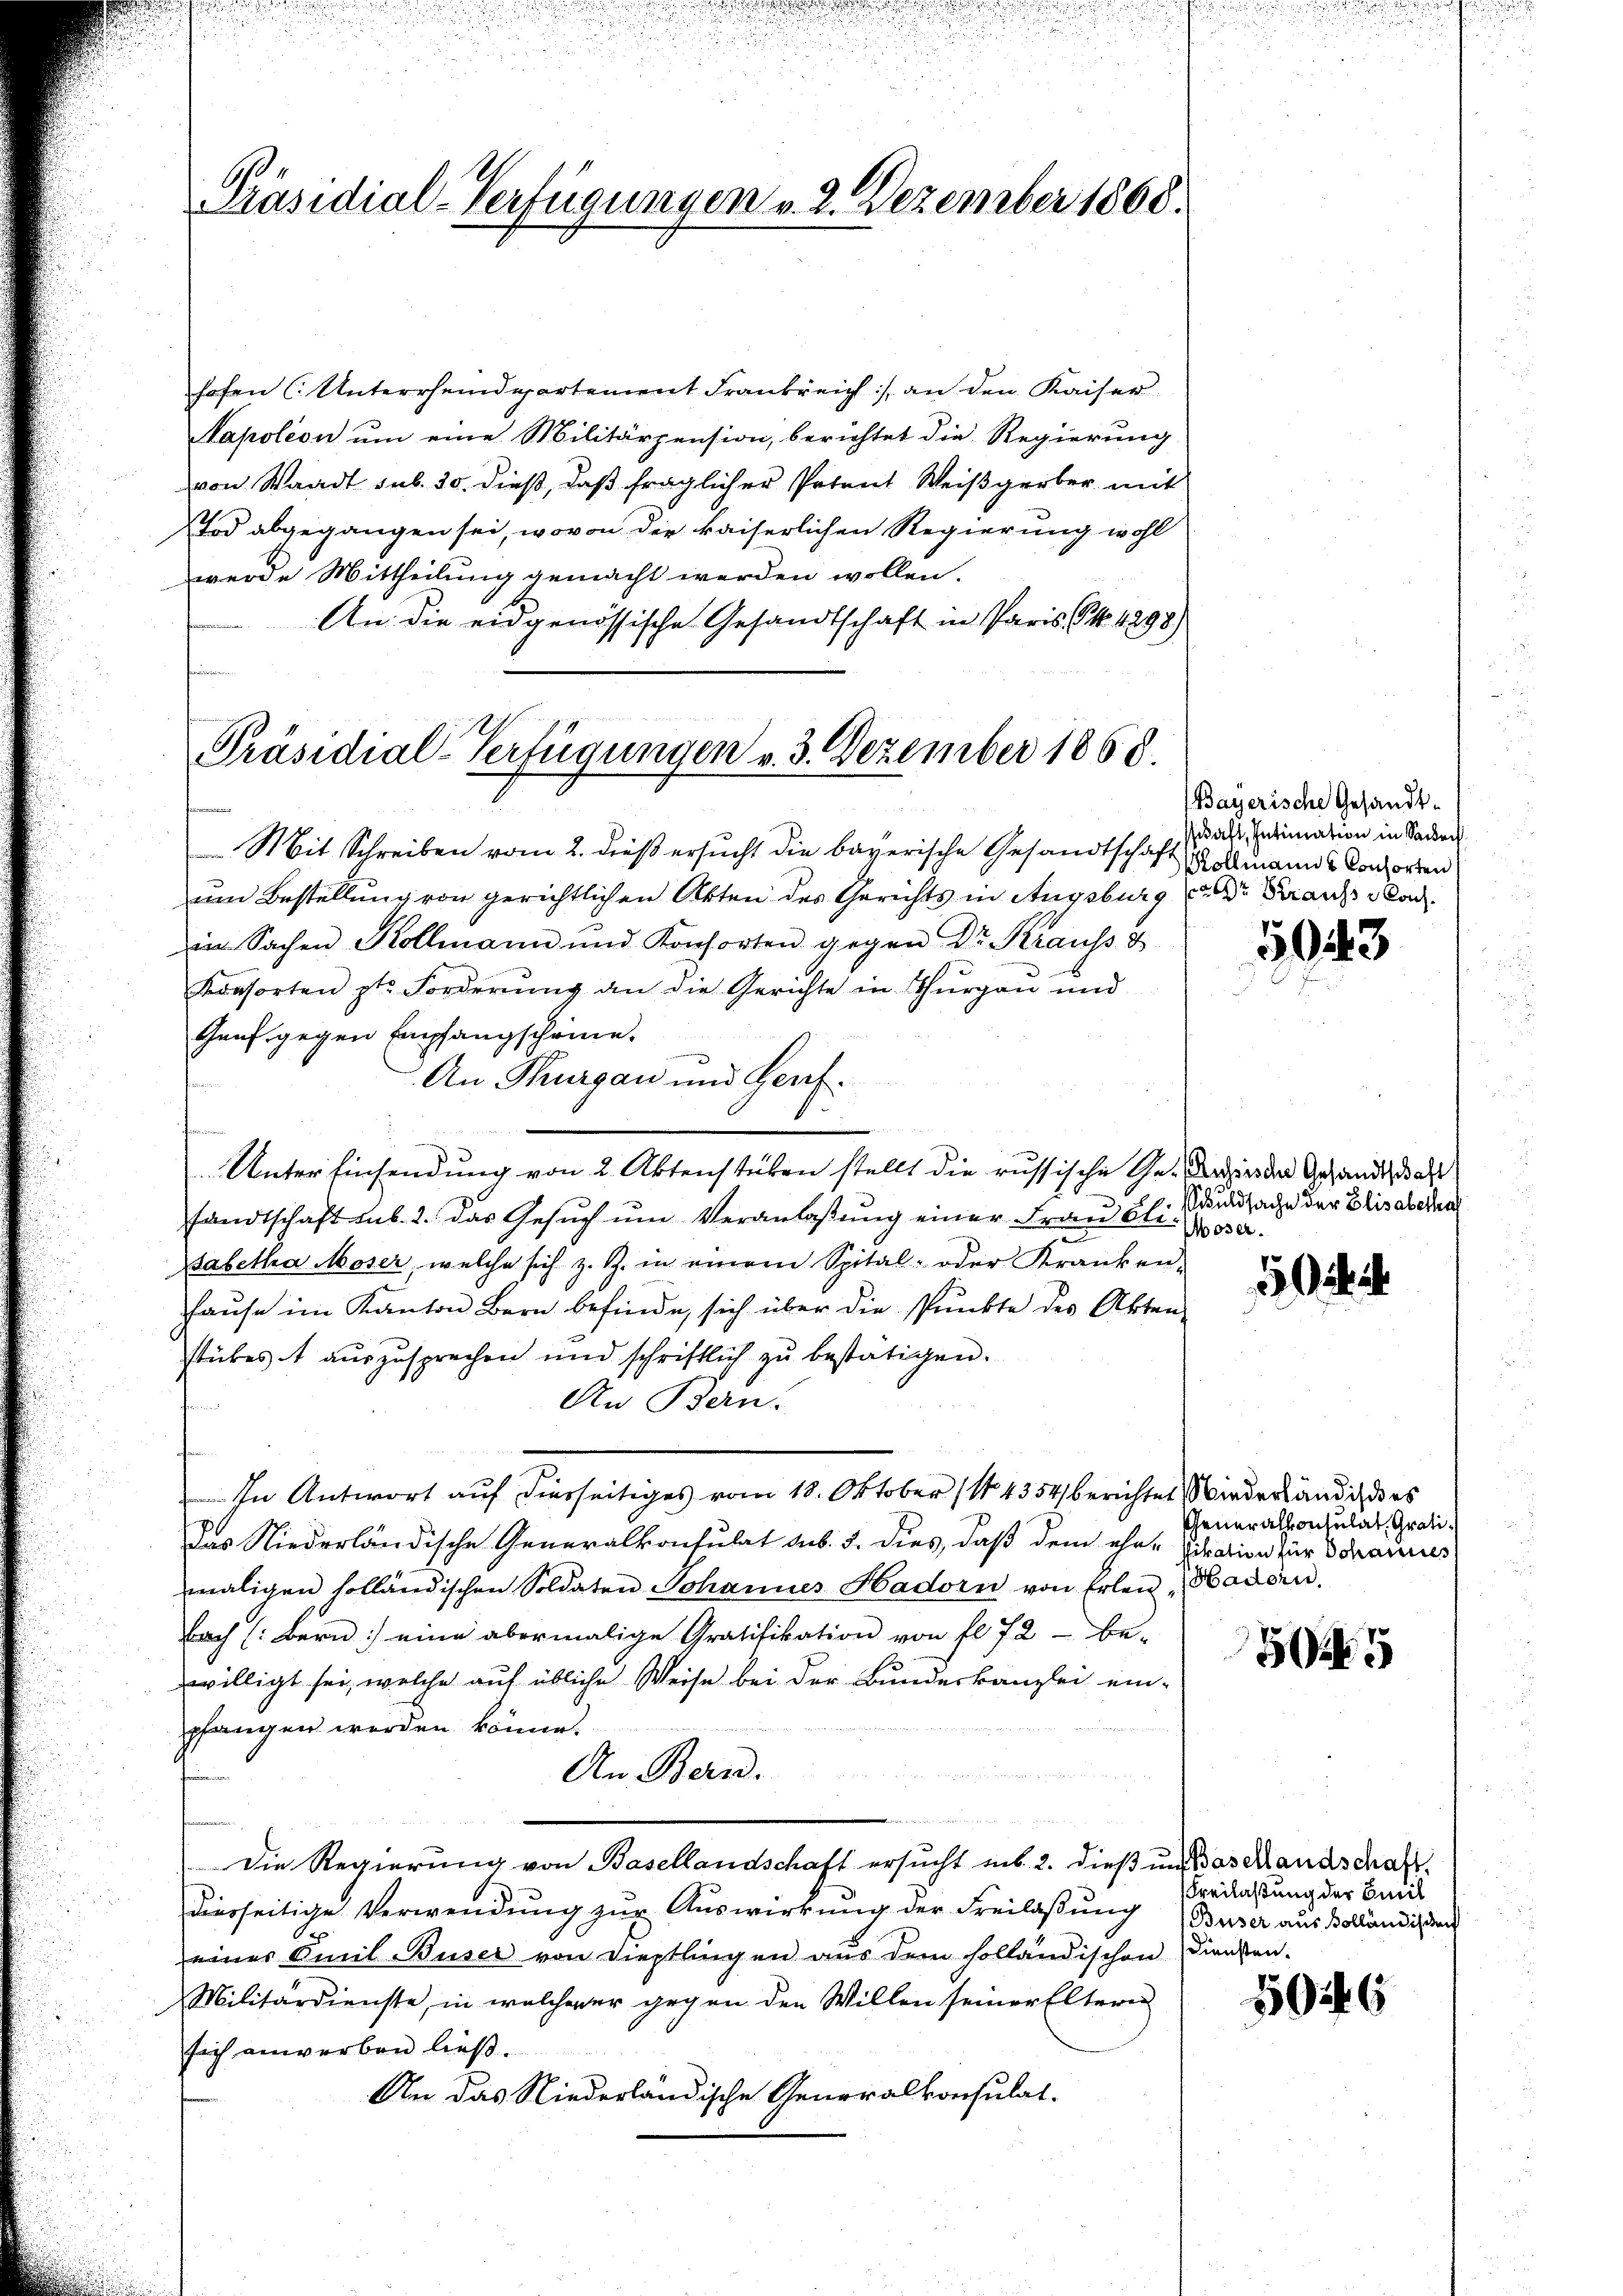
Präsidial-Verfügungen v. 2. Dezember 1868.

hofen (: Unterrhemdartement Frankreich :/ an den Kaiser
Napoleon um eine Militärpension, berichtet die Regierung
von Waadt sub. 20. dieß, daß fraglicher Petent Weißgerber mit
Tod abgegangen sei, wovon der kaiserlichen Regierung wohl
werde Mittheilung gemacht werden wollen.
An die eidgenössische Gesandtschaft in Paris, S. 1298)
e

Präsidial-Verfügungen v. 3. Dezember 1858.

Mit Schreiben vom 2. dieß ersucht die bayerische Gesandtschaft
um Bestellung von gerichtlichen Akten des Gerichts in Augsburg der Franz klar.
in Sachen Kollmann und Konsorten gegen Dr. Krauss u
Konsorten St. Forderung an die Gerichte in Thurgau und
Genf gegen Empfangscheine.
An Thurgau und Genf.
1
t
Unter Einsendung von 2 Aktenstuben stellt die russische Ge- darin der Gesandtschaft
sandtschaft sub. 2. das Gesŭch ŭm Veranlaßung einer Frau blie
Babetha Moser, welche sich z. Z. in einem Spital- oder Kranken-
Hause im Kanton Bern befinde, sich über die Punkte des Akten
stückes auszusprechen und schriftlich zu bestätigen.
An Bern.
In Antwort auf diesseitiges vom 18. Oktober (14354, berichtet wiederländig es
Das Niederländische Generalkonsulat ab. 5. dies, daß dem eher Vikation für Schannes
maligen solländischen Soldaten Johannes Hadorn von Erlen, Hadorn.
bach (: Bern: eine abermalige Gratifikation von fl. 72 - be-
willigt sei, welche auf übliche Weise bei der Bundeskanzlei ein-
2
pfangen werden könne.
An Bern.
Die Regierung von Basellandschaft ersucht unb. 2. dieß und Baselandschaft
diesseitige Verwendung zur Auswirkung der Freilaßung (Buser aus Kolländigten
eines Emil Buser von Diesslingen aus dem holländischen Diensten.
Militärdienste, in welcherer gegen den Willen seiner Eltern
sich anwerben ließ.
An das Niederländische Generalkonsulat.

Bayerische Gesandtsaft, Intimation in Sache
Rollmanns Consorten

5043

schuldsache der Elisabethal

Cheneralkonsulat, Grati¬

5

Freilassung der Emil

5046